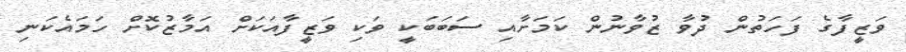
ވަޒީފާގެ ފަހަތުން ދުވާ ޒުވާނުން ކަމަށާއި ސަބަބަކީ ވަކި ވަޒީފާއަކަށް އަމާޒުކޮށް ހަމައެކަނި